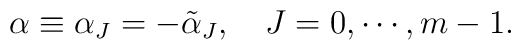
\alpha\equiv\alpha_{J}=-\tilde{\alpha}_{J}, \quad J=0, \cdots ,m-1.